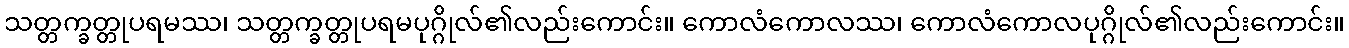
သတ္တက္ခတ္တုပရမဿ၊ သတ္တက္ခတ္တုပရမပုဂ္ဂိုလ်၏လည်းကောင်း။ ကောလံကောလဿ၊ ကောလံကောလပုဂ္ဂိုလ်၏လည်းကောင်း။